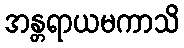
အန္တရာယမကာသိ